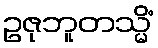
ဥဇုဘူတသ္မိံ